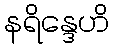
နရိန္ဒေဟိ